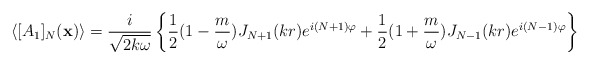
\begin{align*}\langle[A_1]_N({\bf x})\rangle =\frac{i}{\sqrt{2k\omega}}\left\{\frac{1}{2}(1 -\frac{m}{\omega})J_{N+1}(kr)e^{i(N+1)\varphi} + \frac{1}{2}(1 +\frac{m}{\omega})J_{N-1}(kr)e^{i(N-1)\varphi}\right\}\end{align*}